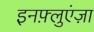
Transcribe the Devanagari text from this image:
इनफ़्लुएंज़ा